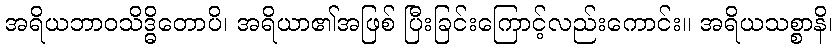
အရိယဘာဝသိဒ္ဓိတောပိ၊ အရိယာ၏အဖြစ် ပြီးခြင်းကြောင့်လည်းကောင်း။ အရိယသစ္စာနိ၊